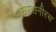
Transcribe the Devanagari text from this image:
सरसनीरस